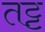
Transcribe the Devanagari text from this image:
तट्ट